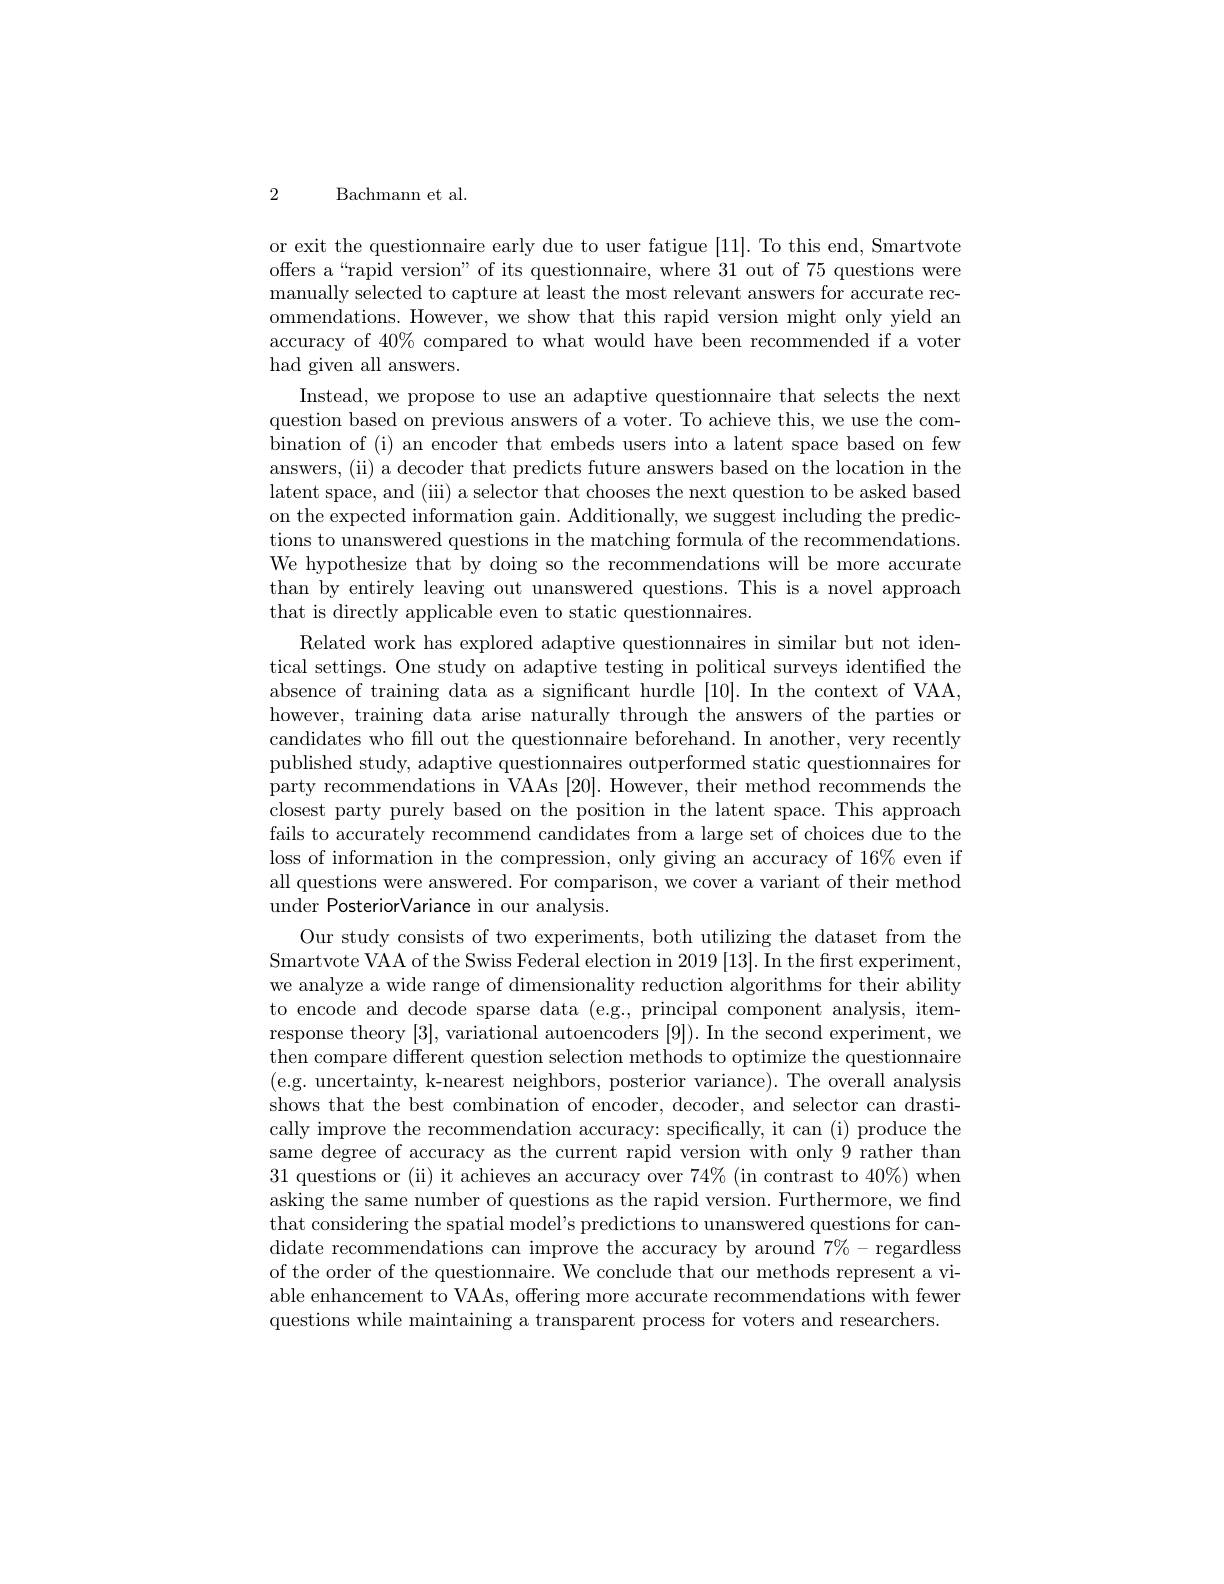
2

Bachmann et al.

or exit the questionnaire early due to user fatigue [11]. To this end, Smartvote offers a“rapid version”of its questionnaire, where 31 out of 75 questions were manually selected to capture at least the most relevant answers for accurate recommendations. However, we show that this rapid version might only yield an accuracy of 40% compared to what would have been recommended if a voter had given all answers.
Instead, we propose to use an adaptive questionnaire that selects the next question based on previous answers of a voter. To achieve this, we use the combination of (i) an encoder that embeds users into a latent space based on few answers, (ii) a decoder that predicts future answers based on the location in the latent space, and (iii) a selector that chooses the next question to be asked based on the expected information gain. Additionally, we suggest including the predictions to unanswered questions in the matching formula of the recommendations We hypothesize that by doing so the recommendations will be more accurate than by entirely leaving out unanswered questions. This is a novel approach that is directly applicable even to static questionnaires.
Related work has explored adaptive questionnaires in similar but not identical settings. One study on adaptive testing in political surveys identified the absence of training data as a significant hurdle [10]. In the context of VAA, however, training data arise naturally through the answers of the parties or candidates who fill out the questionnaire beforehand. In another, very recently published study, adaptive questionnaires outperformed static questionnaires for party recommendations in VAAs [20]. However, their method recommends the closest party purely based on the position in the latent space. This approach fails to accurately recommend candidates from a large set of choices due to the loss of information in the compression, only giving an accuracy of 16% even if all questions were answered. For comparison, we cover a variant of their method under PosteriorVariance in our analysis.
Our study consists of two experiments, both utilizing the dataset from the Smartvote VAA of the Swiss Federal election in 2019 [13]. In the first experiment, we analyze a wide range of dimensionality reduction algorithms for their ability to encode and decode sparse data (e.g., principal component analysis, itemresponse theory [3],variational autoencoders [9]). In the second experiment, we then compare different question selection methods to optimize the questionnaire (e.g. uncertainty, k-nearest neighbors, posterior variance). The overall analysis shows that the best combination of encoder, decoder, and selector can drastically improve the recommendation accuracy: specifically, it can (i) produce the same degree of accuracy as the current rapid version with only 9 rather than 31 questions or (ii) it achieves an accuracy over 74%(in contrast to 40%) when asking the same number of questions as the rapid version. Furthermore, we find that considering the spatial model's predictions to unanswered questions for candidate recommendations can improve the accuracy by around $7\%-$regardless of the order of the questionnaire. We conclude that our methods represent a viable enhancement to VAAs, offering more accurate recommendations with fewer questions while maintaining a transparent process for voters and researchers